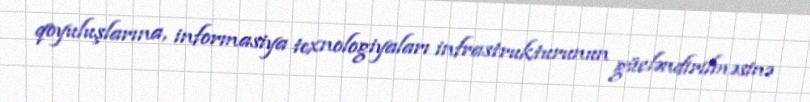
qoyuluşlarına, informasiya texnologiyaları infrastrukturunun gücləndirilməsinə